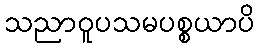
သညာဝူပသမပစ္စယာပိ